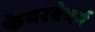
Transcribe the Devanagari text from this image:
फेयरबेयर्न